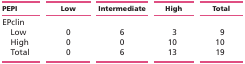
<table><thead><tr><td><b>PEPI</b></td><td><b>Low</b></td><td><b>Intermediate</b></td><td><b>High</b></td><td><b>Total</b></td></tr></thead><tbody><tr><td colspan="5">EPclin</td></tr><tr><td> Low</td><td>0</td><td>6</td><td>3</td><td>9</td></tr><tr><td> High</td><td>0</td><td>0</td><td>10</td><td>10</td></tr><tr><td> Total</td><td>0</td><td>6</td><td>13</td><td>19</td></tr></tbody></table>